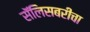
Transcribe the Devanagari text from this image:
सॅलिसबरीचा